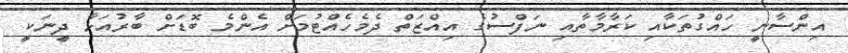
އިންސާނީ ހައްގުތަކާއި ކަރާމާތާއި ނަފްސުގެ އިއްޒަތް ދެމެހެއްޓުމަށް އެންމެ ބޮޑަށް ބާރުއަޅާ ދީނަކީ